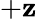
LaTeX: +\mathbf{z}